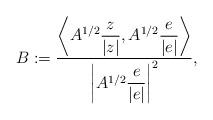
LaTeX: \begin{align*}B:=\dfrac{\left\langle A^{1/2}\dfrac{z}{|z|}, A^{1/2}\dfrac{e}{|e|}\right\rangle}{\left| A^{1/2}\dfrac{e}{|e|}\right|^2},\end{align*}